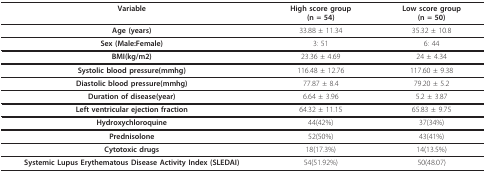
<table><thead><tr><td><b>Variable</b></td><td><b>High score group(n = 54)</b></td><td><b>Low score group(n = 50)</b></td></tr></thead><tbody><tr><td><b>Age (years)</b></td><td>33.88 ± 11.34</td><td>35.32 ± 10.8</td></tr><tr><td><b>Sex (Male:Female)</b></td><td>3: 51</td><td>6: 44</td></tr><tr><td><b>BMI(kg/m2)</b></td><td>23.36 ± 4.69</td><td>24 ± 4.34</td></tr><tr><td><b>Systolic blood pressure(mmhg)</b></td><td>116.48 ± 12.76</td><td>117.60 ± 9.38</td></tr><tr><td><b>Diastolic blood pressure(mmhg)</b></td><td>77.87 ± 8.4</td><td>79.20 ± 5.2</td></tr><tr><td><b>Duration of disease(year)</b></td><td>6.64 ± 3.96</td><td>5.2 ± 3.87</td></tr><tr><td><b>Left ventricular ejection fraction</b></td><td>64.32 ± 11.15</td><td>65.83 ± 9.75</td></tr><tr><td><b>Hydroxychloroquine</b></td><td>44(42%)</td><td>37(34%)</td></tr><tr><td><b>Prednisolone</b></td><td>52(50%)</td><td>43(41%)</td></tr><tr><td><b>Cytotoxic drugs</b></td><td>18(17.3%)</td><td>14(13.5%)</td></tr><tr><td><b>Systemic Lupus Erythematous Disease Activity Index (SLEDAI)</b></td><td>54(51.92%)</td><td>50(48.07)</td></tr></tbody></table>